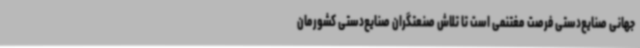
جهانی صنایع‌دستی فرصت مغتنمی است تا تلاش صنعتگران صنایع‌دستی کشورمان